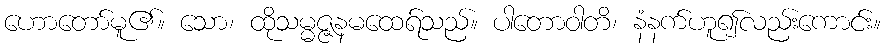
ဟောတော်မူ၏။ သော၊ ထိုသမ္မဇ္ဇနမထေရ်သည်။ ပါတောဝါတိ၊ နံနက်ဟူ၍လည်းကောင်း။